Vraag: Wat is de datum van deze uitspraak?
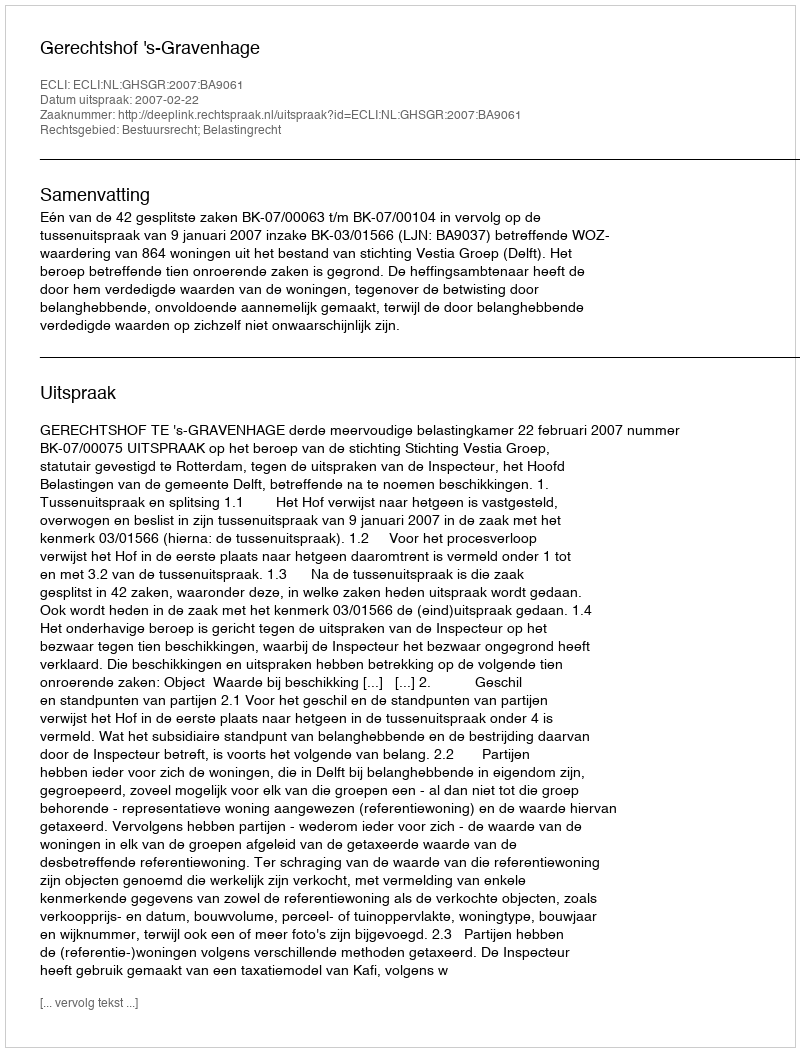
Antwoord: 2007-02-22